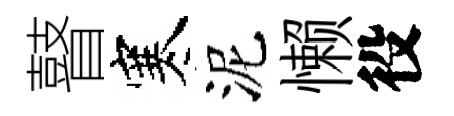
瞽寒泥懒役